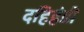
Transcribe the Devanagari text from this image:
दहिहंडी